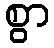
စွာ